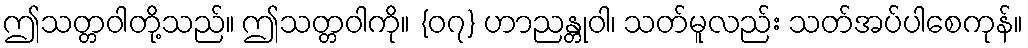
ဤသတ္တဝါတို့သည်။ ဤသတ္တဝါကို။ {၀၇} ဟာညန္တုဝါ၊ သတ်မူလည်း သတ်အပ်ပါစေကုန်။